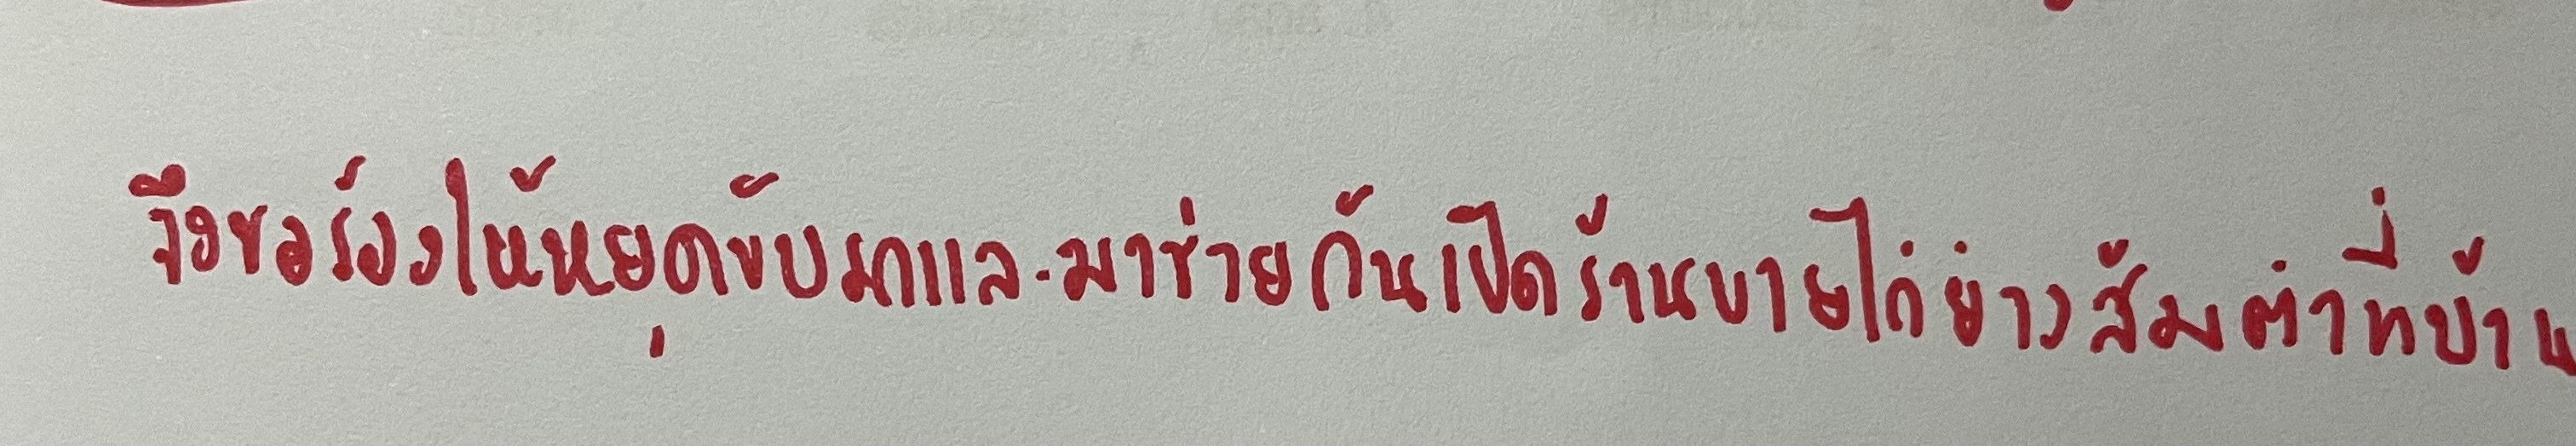
จึงขอร้องให้หยุดขับรถและมาช่วยกันเปิดร้านขายไก่ย่างส้มตำที่บ้าน